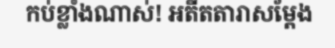
កប់ខ្លាំងណាស់! អតីតតារាសម្តែង